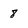
Character: 8